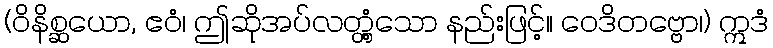
(ဝိနိစ္ဆယော, ဧဝံ၊ ဤဆိုအပ်လတ္တံ့သော နည်းဖြင့်။ ဝေဒိတဗ္ဗော၊) ဣဒံ